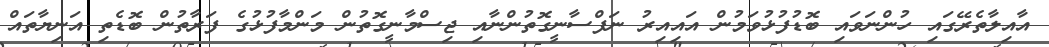
އާއިލާތެރޭގައި ހުންނަވައި ބޮޑުފުޅުވަމުން އައިއިރު ނަފްސާނީގޮތުންނާއި ޖިސްމާނީގޮތުން މަންމާފުޅުގެ ފަރާތުން ބޮޑެތި އަނިޔާތައް